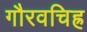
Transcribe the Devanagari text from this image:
गौरवचिह्र